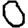
Digit: 0